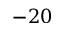
- 2 0